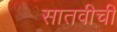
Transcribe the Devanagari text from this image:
सातवीची